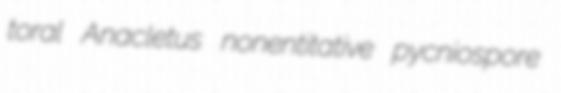
toral Anacletus nonentitative pycniospore